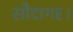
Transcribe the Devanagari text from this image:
सौदागर।